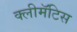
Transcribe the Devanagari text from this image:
क्लीमॅटिस